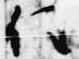
任